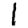
Digit: 1